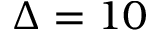
\Delta = 1 0